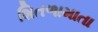
શિતળામાતા